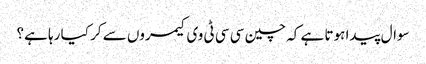
سوال پیدا ہوتا ہے کہ چین سی سی ٹی وی کیمروں سے کر کیا رہا ہے؟